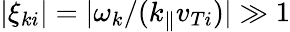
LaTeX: |\xi_{ki}|=|\omega_{k}/(k_{\parallel}v_{Ti})|\gg 1